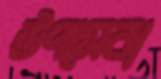
উপসেবা